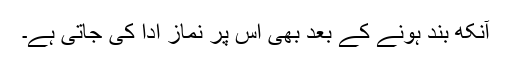
آنکھ بند ہونے کے بعد بھی اس پر نماز ادا کی جاتی ہے۔